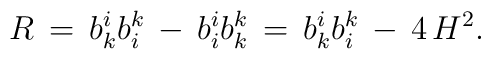
R\,=\,b^i_kb_i^k\,-\,b_i^ib_k^k\,=\,b_k^ib_i^k\,-\,4\,H^2.